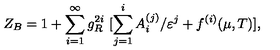
Z _ { B } = 1 + \sum _ { i = 1 } ^ { \infty } g _ { R } ^ { 2 i } \ [ \sum _ { j = 1 } ^ { i } A _ { i } ^ { ( j ) } / \varepsilon ^ { j } + f ^ { ( i ) } ( \mu , T ) ] ,